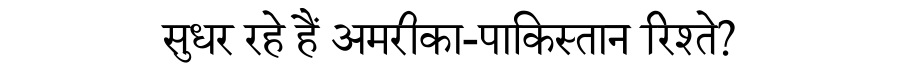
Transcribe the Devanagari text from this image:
सुधर रहे हैं अमरीका-पाकिस्तान रिश्ते?